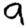
Digit: 9